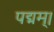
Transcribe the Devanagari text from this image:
पद्मम्।